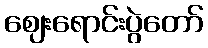
ဈေးရောင်းပွဲတော်